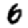
Digit: 6